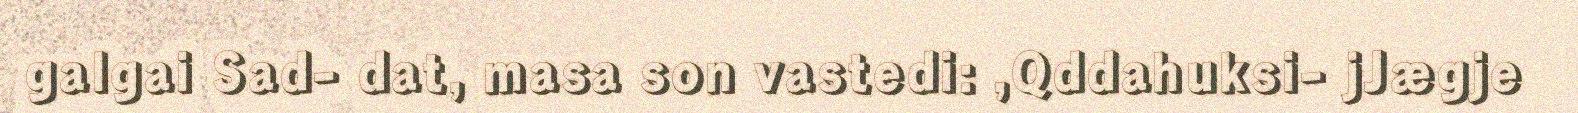
galgai Sad- dat, masa son vastedi: ,Qddahuksi- jJægje